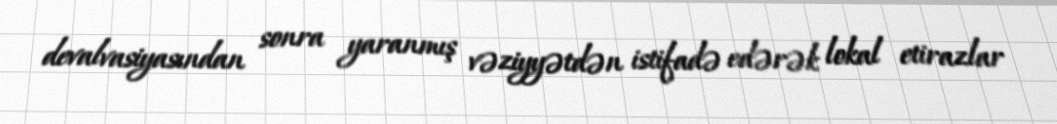
devalvasiyasından sonra yaranmış vəziyyətdən istifadə edərək lokal etirazlar